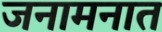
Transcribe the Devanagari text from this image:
जनामनात